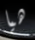
هيا